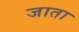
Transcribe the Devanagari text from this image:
जाता